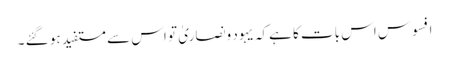
افسوس اس بات کا ہےکہ یہود ونصاریٰ تو اس سے مستفید ہو گئے ۔